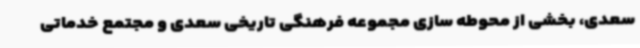
سعدی، بخشی از محوطه سازی مجموعه فرهنگی تاریخی سعدی و مجتمع خدماتی